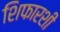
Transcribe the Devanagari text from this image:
शिफारशीं